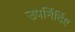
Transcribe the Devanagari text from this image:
उपर्निर्दिष्ट